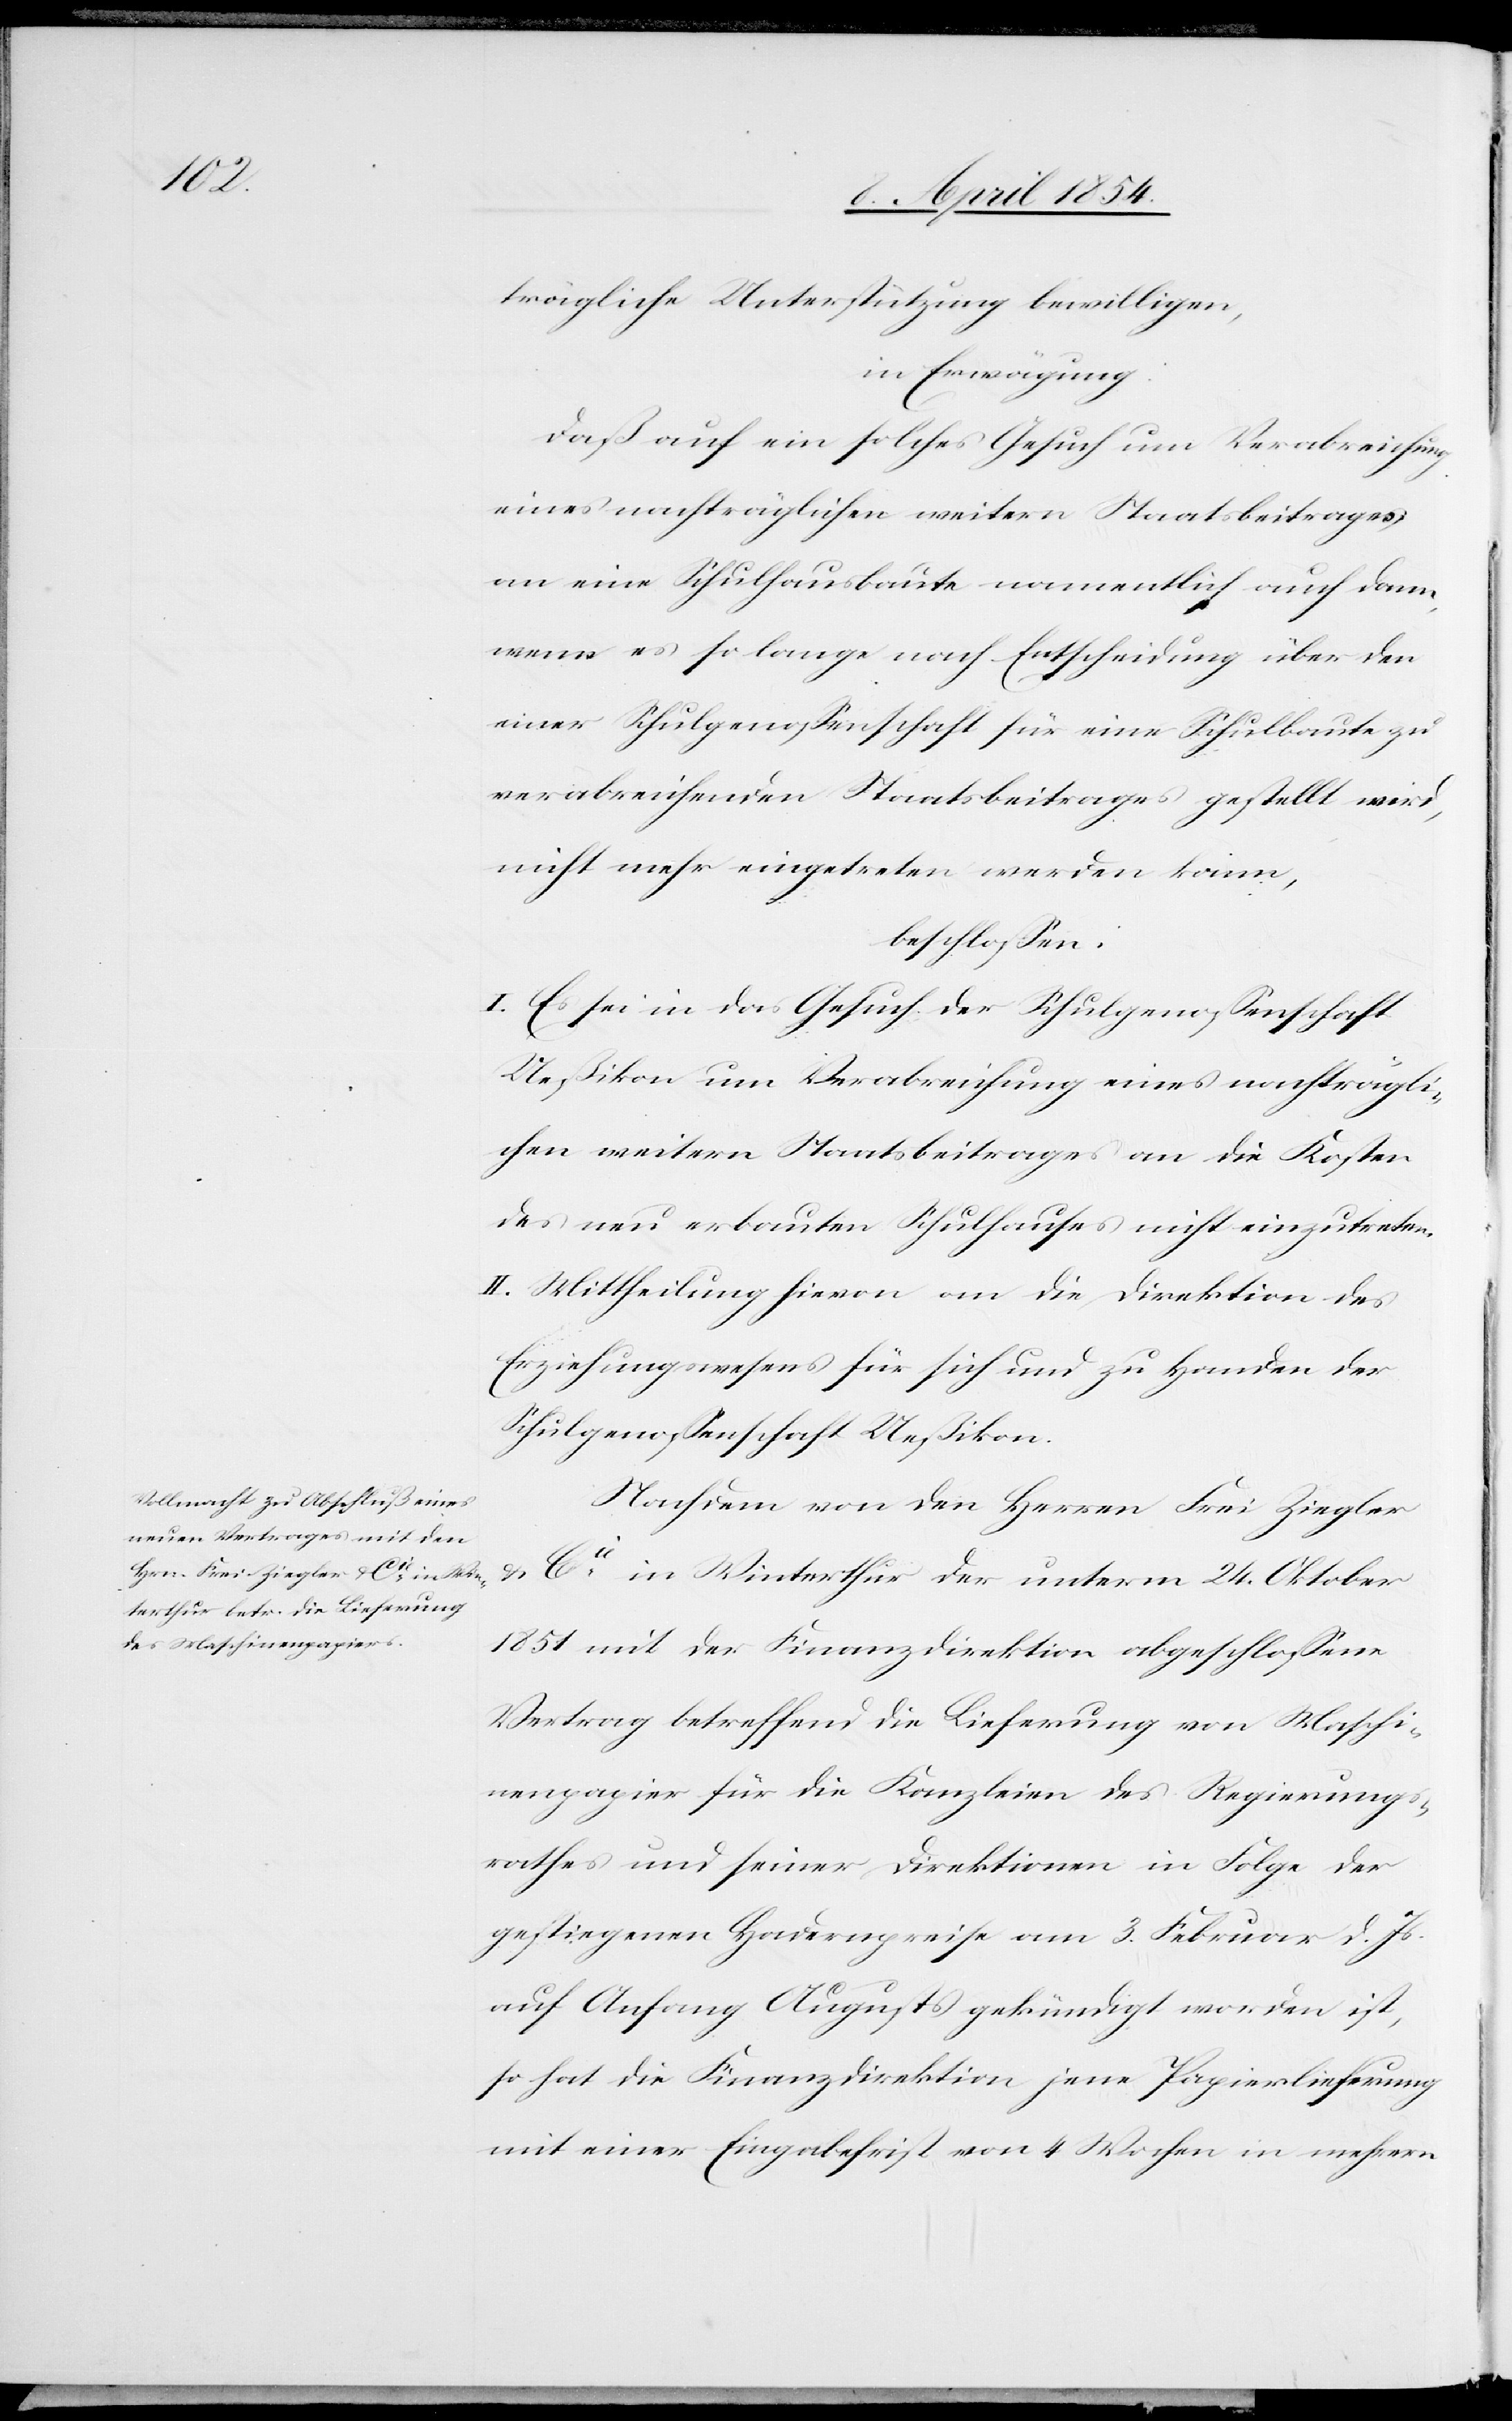
trägliche Unterstützung bewilligen,
in Erwägung:
Daß auf ein solches Gesuch um Verabreichung
eines nachträglichen weitern Staatsbeitrages
an eine Schulhausbaute namentlich auch dann,
wenn es so lange nach Entscheidung über den
einer Schulgenoßenschaft für eine Schulbaute zu
verabreichenden Staatsbeitrages gestellt wird,
nicht mehr eingetreten werden kann,
beschloßen:
I. Es sei in das Gesuch der Schulgenoßenschaft
Ueßikon um Verabreichung eines nachträgli¬
chen weitern Staatsbeitrages an die Kosten
des neu erbauten Schulhauses nicht einzutreten.
II. Mittheilung hievon an die Direktion des
Erziehungswesens für sich und zu Handen der
Schulgenoßenschaft Ueßikon.
Nachdem von den Herren Frei Ziegler
& Cie in Winterthur der unterm 24. Oktober
1851 mit der Finanzdirektion abgeschloßene
Vertrag betreffend die Lieferung von Maschi¬
nenpapier für die Kanzleien des Regierungs¬
rathes und seiner Direktionen in Folge der
gestiegenen Hadernpreise am 3. Februar d. Js.
auf Anfang August gekündigt worden ist,
so hat die Finanzdirektion jene Papierlieferung
mit einer Eingabefrist von 4 Wochen in mehrern